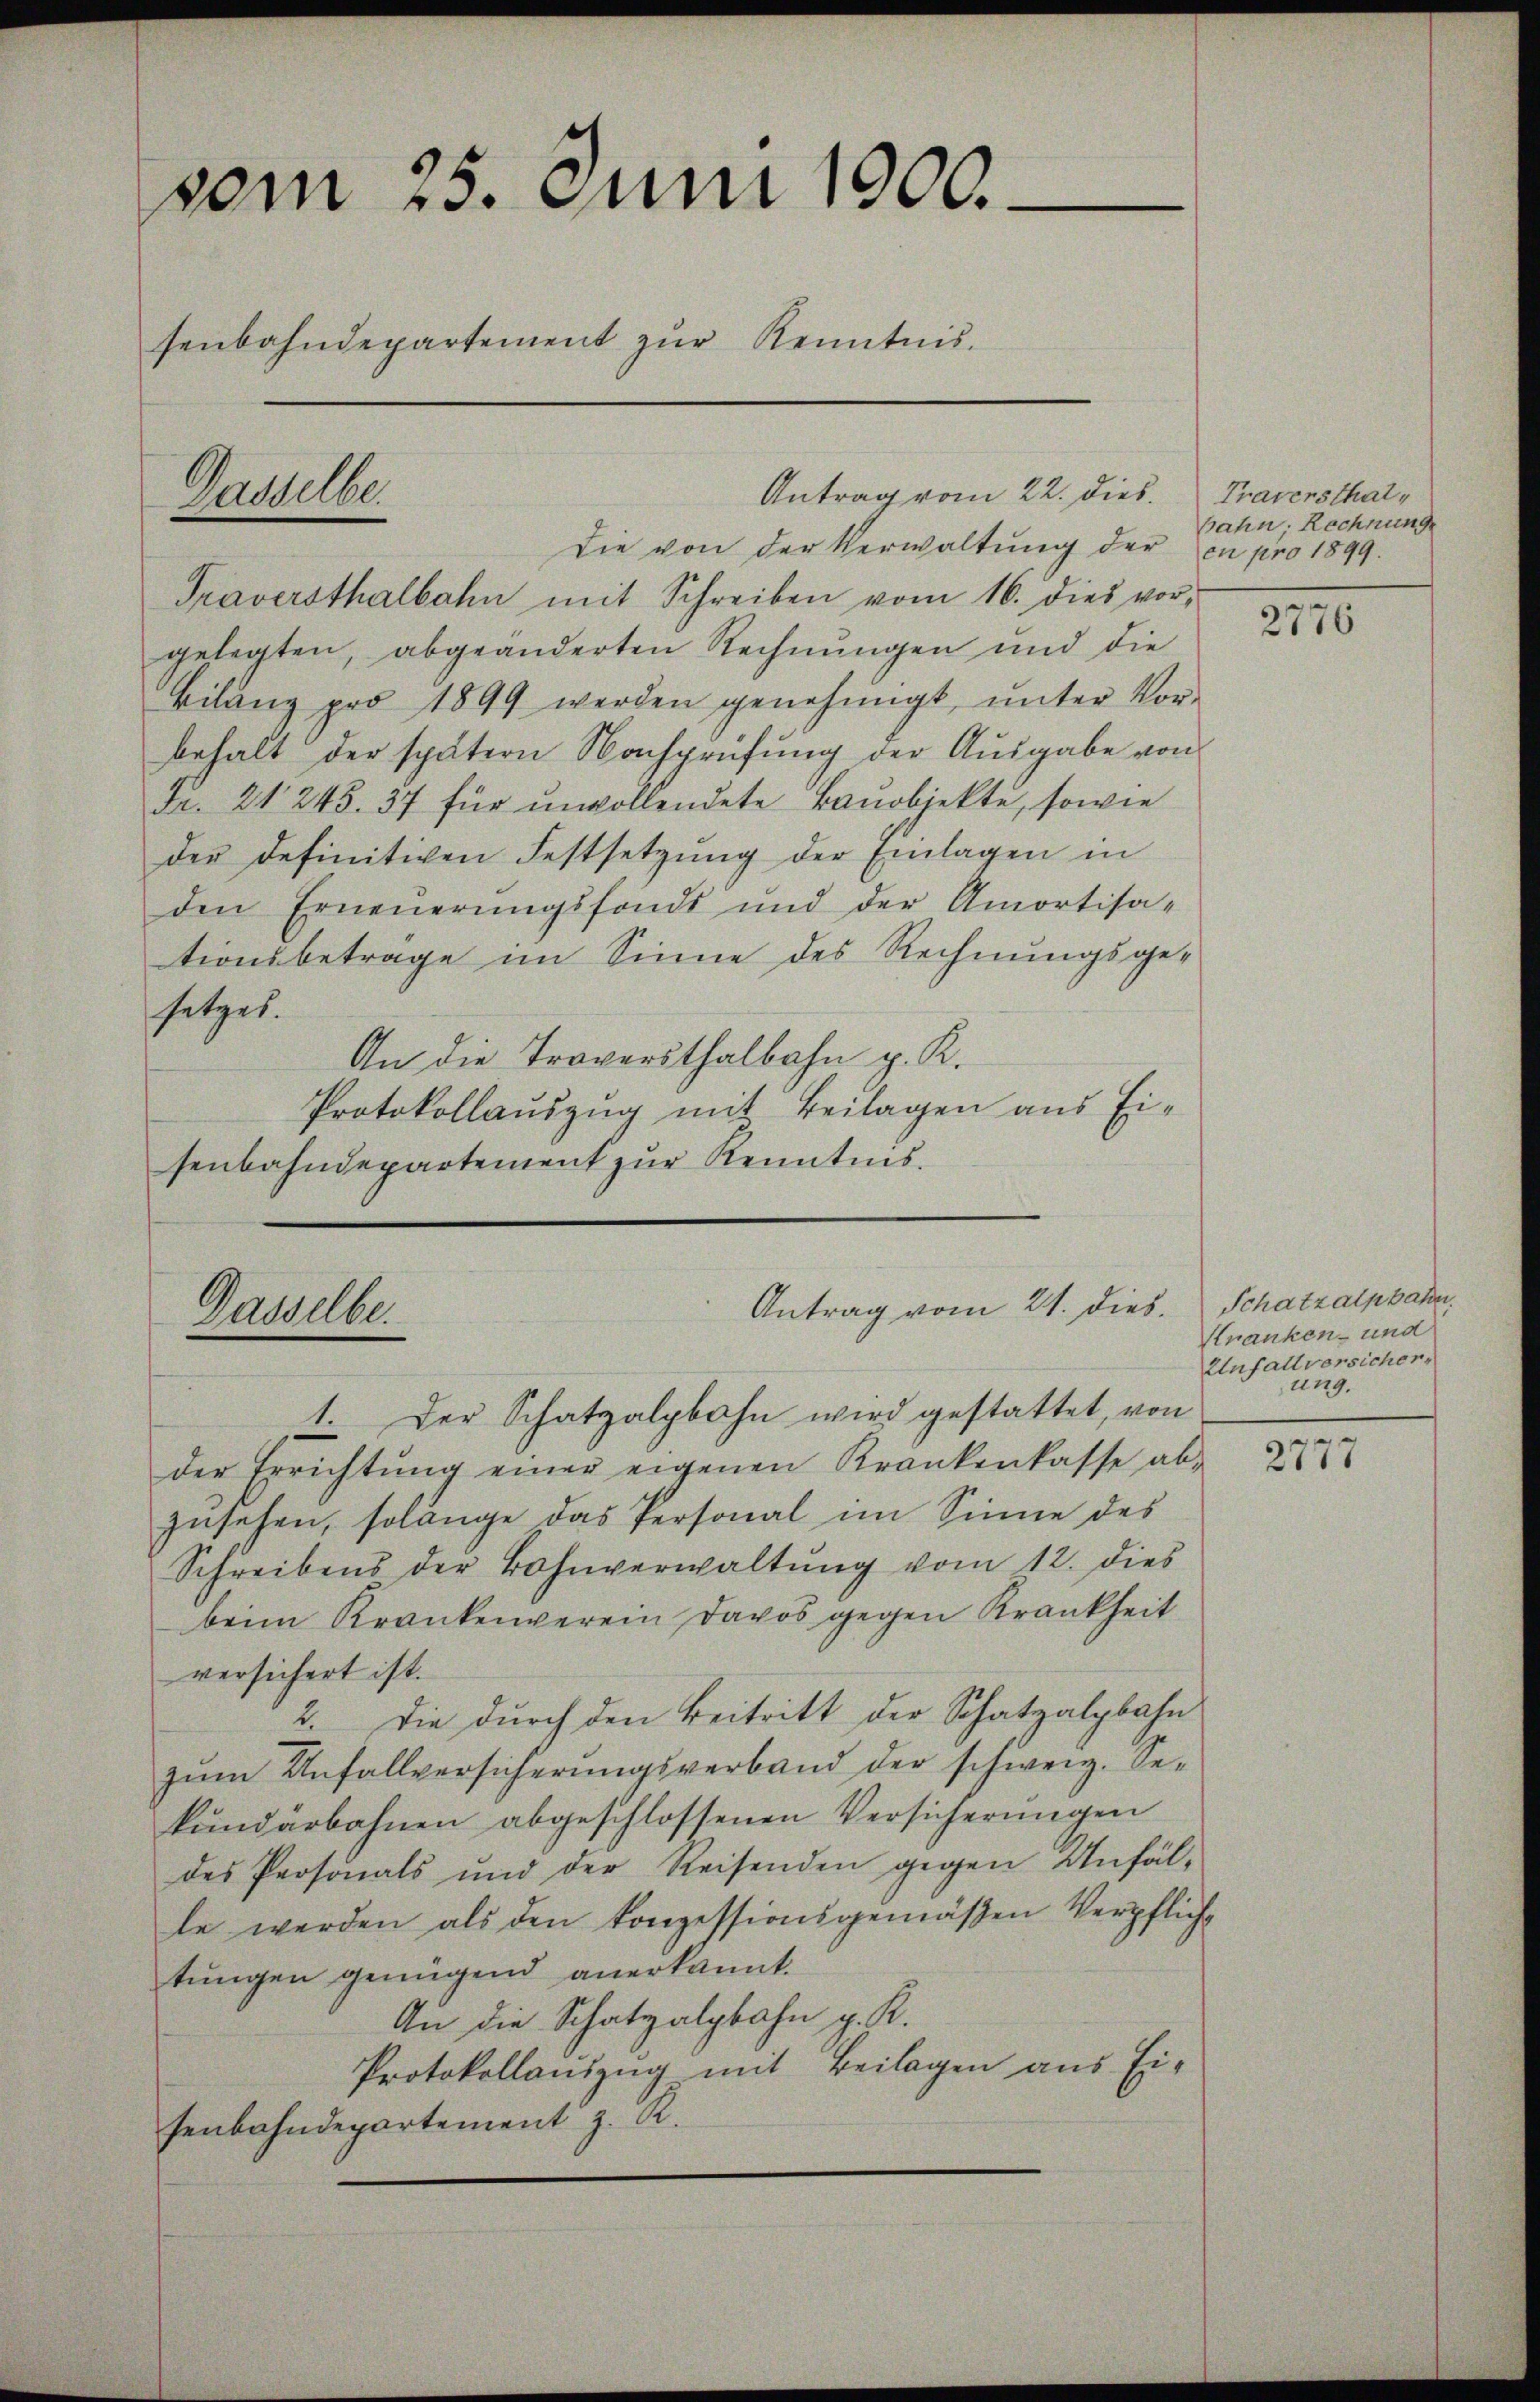
vom 25. Juni 1900.
senbahndepartement zur Kenntnis.
Antrag vom 22. dies. Traversthal¬

Gasselbe

Die von der Verwaltung der en pro 1899.
Traversthalbahn mit Schreiben vom 16. dies vorgelegten, abgeänderten Rechnungen und die
Bilang pro 1899 werden genehmigt, ŭnter Vor-
behalt der spätern Nachprüfung der Ausgabe von
Fr. 21245. 37 für unvollendete Banobjekte, sowie
der definitiven Festsetzŭng der Einlagen in
den Erneuerungsfonds und der Amortisa-
tionsbetrage im Sinne des Rechnungsgesetzes.
An die Traversthalbahn p. K.
Protokollauszug mit Beilagen aus Eisenbahndepartement zur Kenntnis.

Dasselbe.

Antrag vom 21. dies. Schatzalppahn,

bahn; Rechnung

1. Der Schatzalpbahn wird gestattet, von
der Errichtŭng einer eigenen Krankenkasse ab-
zusehen, solange das Personal im Sinne des
Schreibens der Bohnverwaltŭng vom 12. dies
beim Krankenverein Davos gegen Krankheit
versichert ist.
2. Die dŭrch den Beitritt der Schatzalpbahn
zŭm Unfallversicherŭngsverband der schweiz. Se-
kundärbahnen abgeschlossenen Versicherungen
des Prosonals und der Reisenden gegen Anfälle werden als den konzessionsgemäßen Verpfliche
tungen genügend anerkannt.
An die Schatzalgbahn g. K.
Protokollauszug mit Beilagen aus Ei-
henbahndepartement z. R.

2776

Kranken- und
Unfallversicher,
ung.

2777